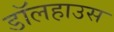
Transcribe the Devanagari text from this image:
डॉलहाउस